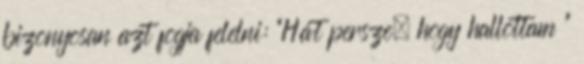
bizonyosan azt fogja felelni: “Hát persze, hogy hallottam ”